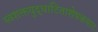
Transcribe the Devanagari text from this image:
स्वशक्तयुद्धाटिताशेषकपाटः